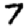
Digit: 7